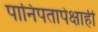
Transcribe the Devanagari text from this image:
पानिपतापेक्षाही